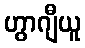
ဟွာဂျီယူ